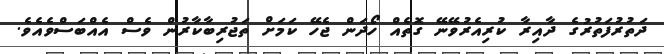
ދަތުރުފަތުރުގެ ދާއިރާ ކުރިއެރުވޭނޭ ގޮތެއް ހޯދަން ޖެހޭ ކަމަށް ތަޖުރިބާކާރުން ވެސް އެއްބަސްވެއެވެ.